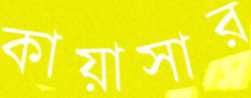
কায়াসার